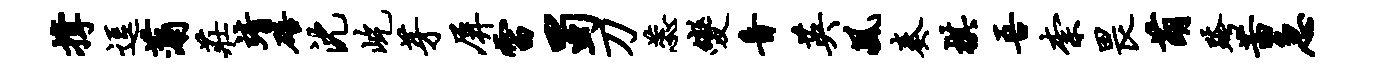
撑逗蒲庄靖碚沈屹芽屏雷蜀刀蕊变音英风奏棋吾柰畏萌跨茜急